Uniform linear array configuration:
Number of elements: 48
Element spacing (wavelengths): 0.5
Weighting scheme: uniform
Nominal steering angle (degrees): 15
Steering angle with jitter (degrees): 16.309
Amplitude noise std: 0.05
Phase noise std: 0.05

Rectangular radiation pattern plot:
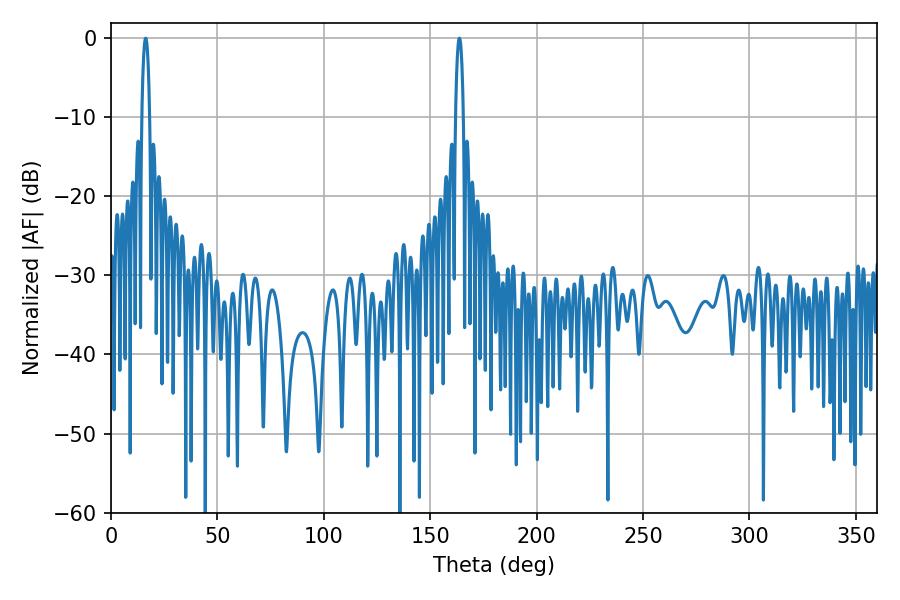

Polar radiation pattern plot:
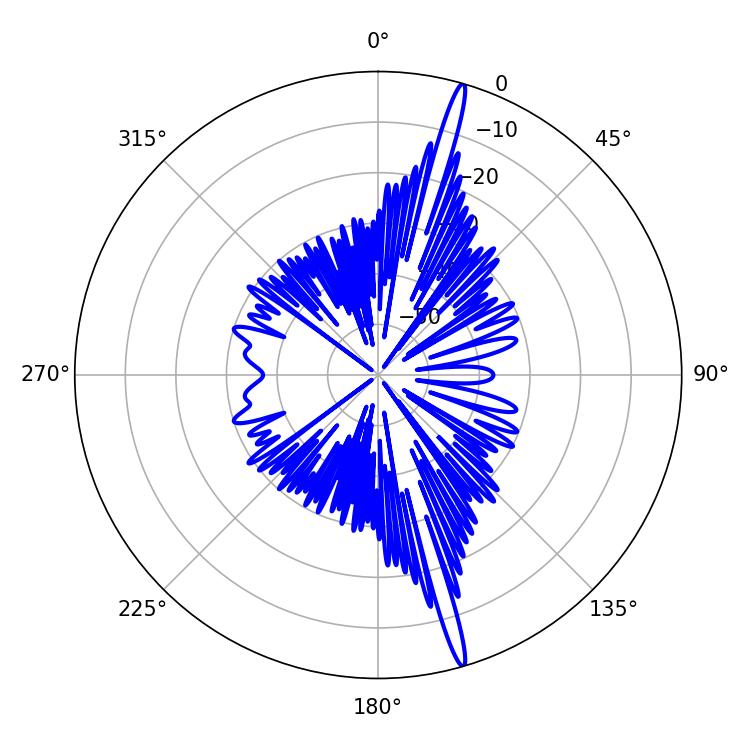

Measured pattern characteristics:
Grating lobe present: FALSE
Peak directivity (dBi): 19.195
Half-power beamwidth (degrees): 1.98
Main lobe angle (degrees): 16.38